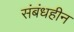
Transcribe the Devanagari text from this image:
संबंधहीन